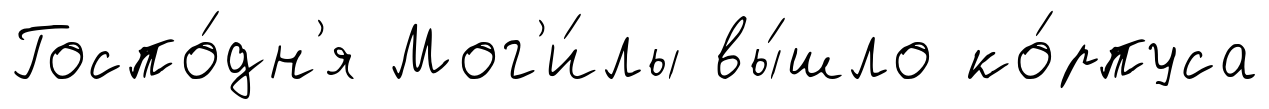
Госпо́дн'я Мог'и́лы вы́шло ко́рпуса